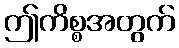
ဤကိစ္စအတွက်